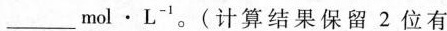
_________mol·L^{-1}。(计算结果保留2位有